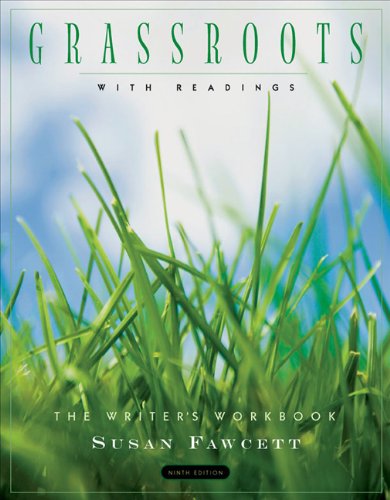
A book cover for Grassroots with Readings: The Writer's Workbook; Susan Fawcett; Reference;